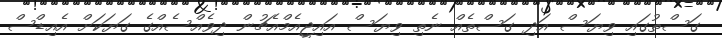
ގަސްތުގައި ވިޔަސް އަދި ގަސްތެއް ނެތި ވިޔަސް އައިޖީއެމްއެޗުން ދިވެއްސެއްގެ ގަޔަކަށް އެއިޑްސް